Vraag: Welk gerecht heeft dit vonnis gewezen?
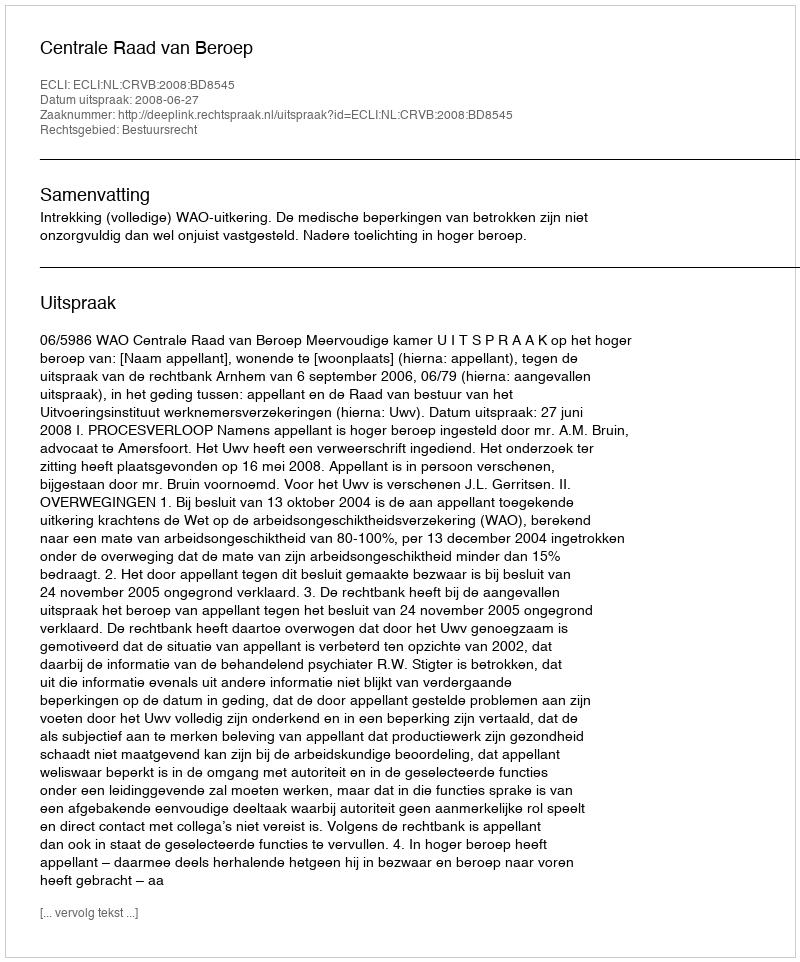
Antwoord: Centrale Raad van Beroep